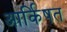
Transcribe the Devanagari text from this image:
आर्किषत